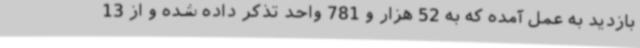
بازدید به عمل آمده که به 52 هزار و 781 واحد تذکر داده شده و از 13